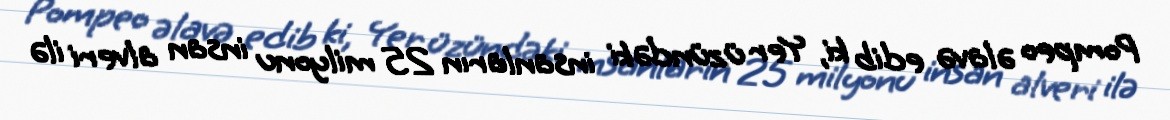
Pompeo əlavə edib ki, Yer üzündəki insanların 25 milyonu insan alveri ilə